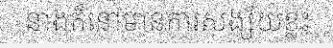
នាងក៏នៅមានការសង្ស័យខ្លះ